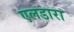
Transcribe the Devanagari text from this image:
एलडारा